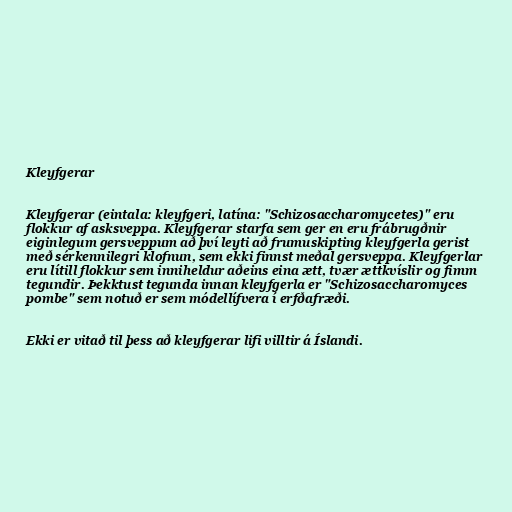
Kleyfgerar

Kleyfgerar (eintala: kleyfgeri, latína: "Schizosaccharomycetes)" eru
flokkur af asksveppa. Kleyfgerar starfa sem ger en eru frábrugðnir
eiginlegum gersveppum að því leyti að frumuskipting kleyfgerla gerist
með sérkennilegri klofnun, sem ekki finnst meðal gersveppa. Kleyfgerlar
eru lítill flokkur sem inniheldur aðeins eina ætt, tvær ættkvíslir og fimm
tegundir. Þekktust tegunda innan kleyfgerla er "Schizosaccharomyces
pombe" sem notuð er sem módellífvera í erfðafræði.

Ekki er vitað til þess að kleyfgerar lifi villtir á Íslandi.